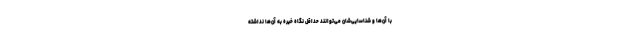
با آن‌ها و شناسایی‌شان می‌توانند حداقل نگاه خیره به آن‌ها نداشته